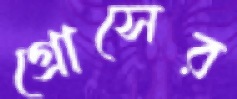
গ্রোসের